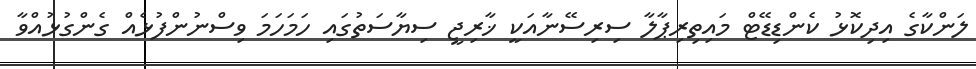
ލަންކާގެ އިދިކޮޅު ކެންޑިޑޭޓް މައިތިރިޕާލާ ސިރިސޭނާއަކީ ޚާރިޖީ ސިޔާސަތުގައި ހަމަހަމަ ވިސްނުންފުޅެއް ގެންގުޅުއްވާ